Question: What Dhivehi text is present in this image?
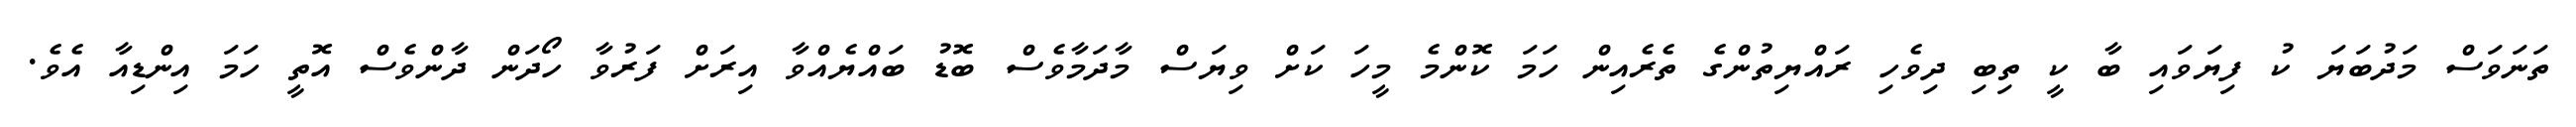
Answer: ތަނަވަސް މަދުބަޔަ ކު ފިޔަވައި ބާ ކީ ތިބި ދިވެހި ރައްޔިތުންގެ ތެރެއިން ހަމަ ކޮންމެ މީހަ ކަށް ވިޔަސް މާދަމާވެސް ބޮޑު ބައްޔެއްވާ އިރަށް ފަރުވާ ހޯދަން ދާންވެސް އޮތީ ހަމަ އިންޑިއާ އެވެ.